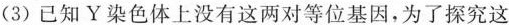
(3)已知Y染色体上没有这两对等位基因，为了探究这